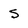
Character: s